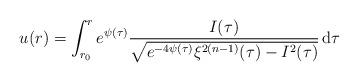
LaTeX: \begin{align*}u(r) = \int_{r_0}^{r} e^{\psi(\tau)} \frac{I(\tau)}{\sqrt{e^{-4\psi(\tau)}\xi^{2(n-1)}(\tau)-I^2(\tau)}} \, {\rm d}\tau\end{align*}